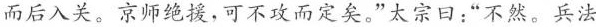
而后入关。京师绝援，可不攻而定矣。”太宗日；“不然。兵法